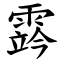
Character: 霠